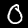
Label: 0